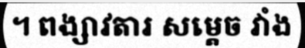
។ ពង្សាវតារ សម្តេច វាំង